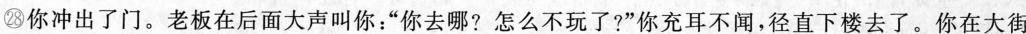
㉘你冲出了门。老板在后面大声叫你:“你去哪？怎么不玩了?”你充耳不闻,径直下楼去了。你在大街